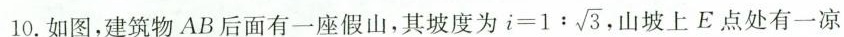
10.如图，建筑物AB后面有一座假山，其坡度为 $$i = 1 : \sqrt { 3 }$$， 山坡上E点处有一凉